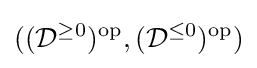
(({\mathcal {D}}^{\geq 0})^{\text{op}},({\mathcal {D}}^{\leq 0})^{\text{op}})